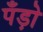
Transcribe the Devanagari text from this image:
पॅंड़ो